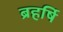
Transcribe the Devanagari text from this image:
ब्रहर्षि